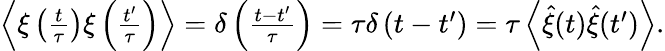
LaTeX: \begin{array}{r}{\left\langle\xi\left(\frac{t}{\tau}\right)\xi\left(\frac{t^{\prime}}{\tau}\right)\right\rangle=\delta\left(\frac{t-t^{\prime}}{\tau}\right)=\tau\delta\left(t-t^{\prime}\right)=\tau\left\langle\hat{\xi}(t)\hat{\xi}(t^{\prime})\right\rangle.}\end{array}